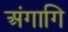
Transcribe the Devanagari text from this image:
अंगागि